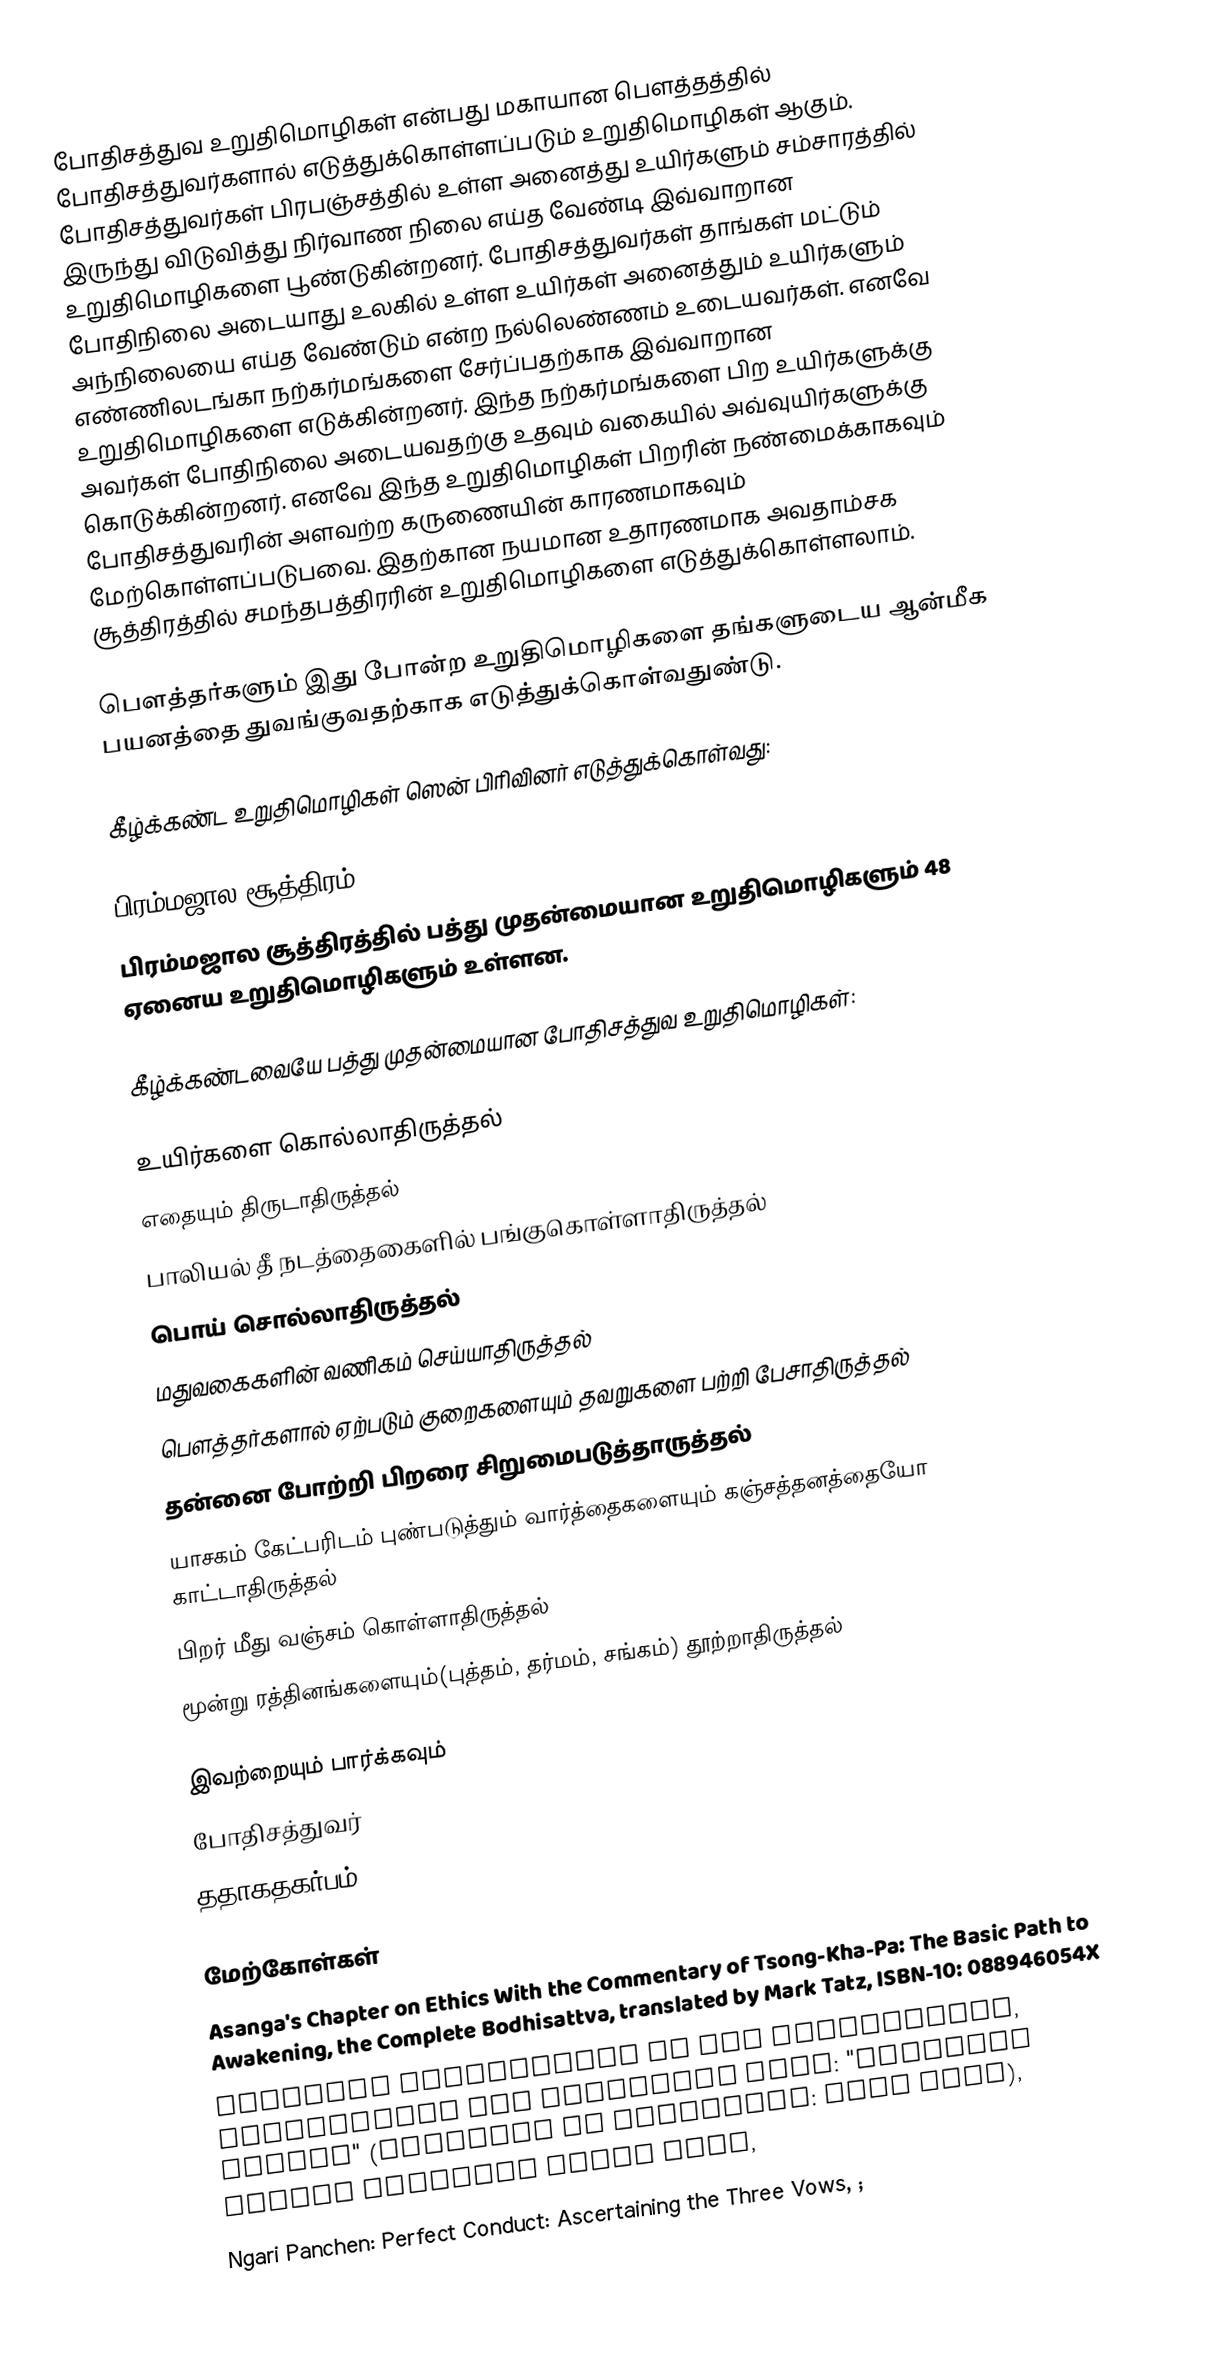
போதிசத்துவ உறுதிமொழிகள் என்பது மகாயான பௌத்தத்தில் போதிசத்துவர்களால் எடுத்துக்கொள்ளப்படும் உறுதிமொழிகள் ஆகும். போதிசத்துவர்கள் பிரபஞ்சத்தில் உள்ள அனைத்து உயிர்களும் சம்சாரத்தில் இருந்து விடுவித்து நிர்வாண நிலை எய்த வேண்டி இவ்வாறான உறுதிமொழிகளை பூண்டுகின்றனர். போதிசத்துவர்கள் தாங்கள் மட்டும் போதிநிலை அடையாது உலகில் உள்ள உயிர்கள் அனைத்தும் உயிர்களும் அந்நிலையை எய்த வேண்டும் என்ற நல்லெண்ணம் உடையவர்கள். எனவே எண்ணிலடங்கா நற்கர்மங்களை சேர்ப்பதற்காக இவ்வாறான உறுதிமொழிகளை எடுக்கின்றனர். இந்த நற்கர்மங்களை பிற உயிர்களுக்கு அவர்கள் போதிநிலை அடையவதற்கு உதவும் வகையில் அவ்வுயிர்களுக்கு கொடுக்கின்றனர். எனவே இந்த உறுதிமொழிகள் பிறரின் நண்மைக்காகவும் போதிசத்துவரின் அளவற்ற கருணையின் காரணமாகவும் மேற்கொள்ளப்படுபவை. இதற்கான நயமான உதாரணமாக அவதாம்சக சூத்திரத்தில் சமந்தபத்திரரின் உறுதிமொழிகளை எடுத்துக்கொள்ளலாம்.

பௌத்தர்களும் இது போன்ற உறுதிமொழிகளை தங்களுடைய ஆன்மீக பயனத்தை துவங்குவதற்காக எடுத்துக்கொள்வதுண்டு.

கீழ்க்கண்ட உறுதிமொழிகள் ஸென் பிரிவினர் எடுத்துக்கொள்வது:

பிரம்மஜால சூத்திரம்
பிரம்மஜால சூத்திரத்தில் பத்து முதன்மையான உறுதிமொழிகளும் 48 ஏனைய உறுதிமொழிகளும் உள்ளன.

கீழ்க்கண்டவையே பத்து முதன்மையான போதிசத்துவ உறுதிமொழிகள்:

உயிர்களை கொல்லாதிருத்தல்
எதையும் திருடாதிருத்தல்
பாலியல் தீ நடத்தைகைளில் பங்குகொள்ளாதிருத்தல்
பொய் சொல்லாதிருத்தல்
மதுவகைகளின் வணிகம் செய்யாதிருத்தல்
பௌத்தர்களால் ஏற்படும் குறைகளையும் தவறுகளை பற்றி பேசாதிருத்தல்
தன்னை போற்றி பிறரை சிறுமைபடுத்தாருத்தல்
யாசகம் கேட்பரிடம் புண்படுத்தும் வார்த்தைகளையும் கஞ்சத்தனத்தையோ காட்டாதிருத்தல்
பிறர் மீது வஞ்சம் கொள்ளாதிருத்தல்
மூன்று ரத்தினங்களையும்(புத்தம், தர்மம், சங்கம்) தூற்றாதிருத்தல்

இவற்றையும் பார்க்கவும்
போதிசத்துவர்
ததாகதகர்பம்

மேற்கோள்கள்
 Asanga's Chapter on Ethics With the Commentary of Tsong-Kha-Pa: The Basic Path to Awakening, the Complete Bodhisattva, translated by Mark Tatz, ISBN-10: 088946054X
 Complete Explanation of the Pratimoksha, Bodhisattva and Vajrayana Vows: "Buddhist Ethics" (Treasury of Knowledge: Book Five), Jamgon Kongtrul Lodro Taye,
 Ngari Panchen: Perfect Conduct: Ascertaining the Three Vows, ;